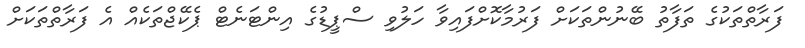
ފަރާތްތަކުގެ ތަފާތު ބޭނުންތަކަށް ފަރުމާކޮށްފައިވާ ހަލުވި ސްޕީޑުގެ އިންޓަނެޓް ޕެކޭޖްތަކެއް އެ ފަރާތްތަކަށް